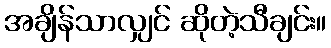
အချိန်သာလျှင် ဆိုတဲ့သီချင်း။